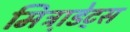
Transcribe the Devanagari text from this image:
मित्रा़डेट्स